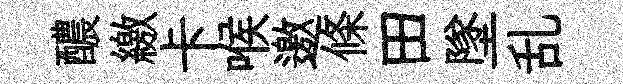
醲繳卡喉邀條田墜乱